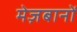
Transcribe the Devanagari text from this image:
मेज़बानों